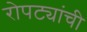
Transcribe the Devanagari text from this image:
रोपट्यांची